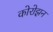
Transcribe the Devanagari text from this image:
कोरोझ़न